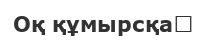
Оқ құмырсқа‎